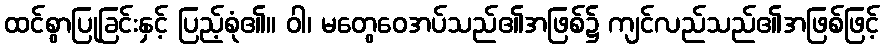
ထင်စွာပြုခြင်းနှင့် ပြည့်စုံ၏။ ဝါ၊ မတွေဝေအပ်သည်၏အဖြစ်၌ ကျင်လည်သည်၏အဖြစ်ဖြင့်